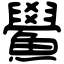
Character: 鱟